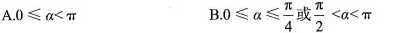
A.0≤α<π B.0≤α≤\frac{π}{4}或\frac{π}{2}<α<π